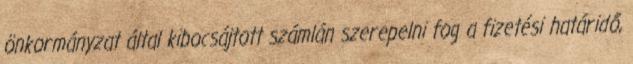
önkormányzat által kibocsájtott számlán szerepelni fog a fizetési határidő,